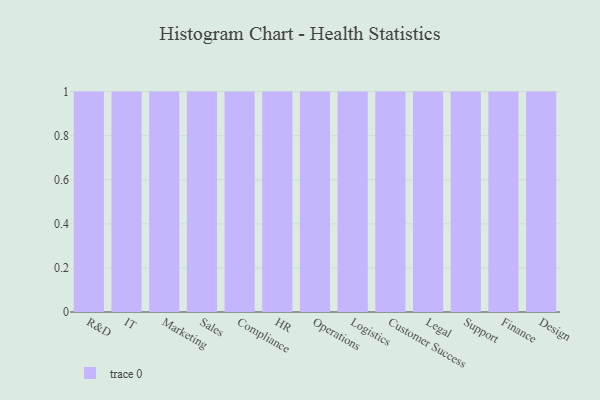
{"axis": {"x": "Department", "y": "Page Views"}, "legend": [""], "data": [{"x": "R&D", "y": 68, "type": ""}, {"x": "IT", "y": 20, "type": ""}, {"x": "Marketing", "y": 7, "type": ""}, {"x": "Sales", "y": 10, "type": ""}, {"x": "Compliance", "y": 21, "type": ""}, {"x": "HR", "y": 66, "type": ""}, {"x": "Operations", "y": 99, "type": ""}, {"x": "Logistics", "y": 83, "type": ""}, {"x": "Customer Success", "y": 74, "type": ""}, {"x": "Legal", "y": 75, "type": ""}, {"x": "Support", "y": 95, "type": ""}, {"x": "Finance", "y": 83, "type": ""}, {"x": "Design", "y": 11, "type": ""}]}